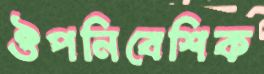
ঔপনিবেশিক